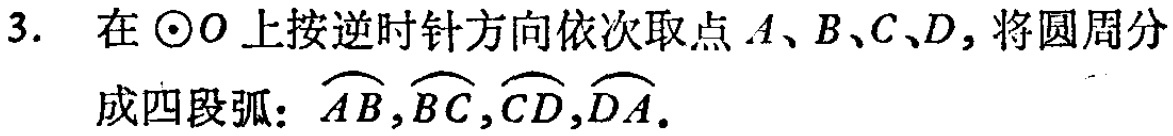
3. 在$\odot O$上按逆时针方向依次取点$A、B、C、D$，将圆周分成四段弧：$\overset{\frown}{AB},\overset{\frown}{BC},\overset{\frown}{CD},\overset{\frown}{DA}.$